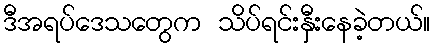
ဒီအရပ်ဒေသတွေက သိပ်ရင်းနှီးနေခဲ့တယ်။